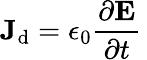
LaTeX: \mathbf{J}_{\mathrm{{d}}}=\epsilon_{0}{\frac{\partial\mathbf{E}}{\partial t}}\,